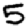
Digit: 5